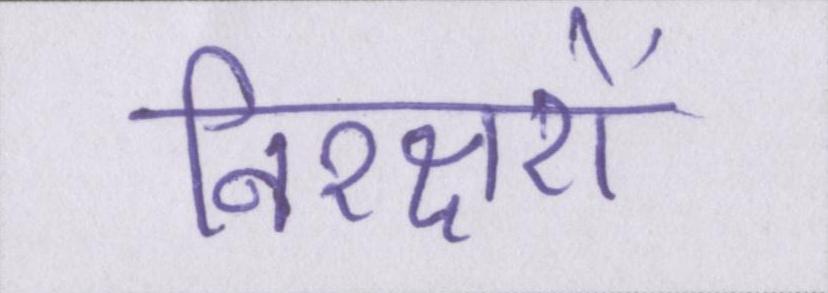
निरक्षरों